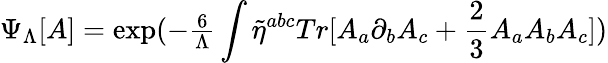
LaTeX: \Psi_{\Lambda}[A]=\mathrm{exp}(-{\textstyle{\frac{6}{\Lambda}}}\int\tilde{\eta}^{abc}Tr[A_{a}\partial_{b}A_{c}+{\frac{\textstyle 2}{3}}A_{a}A_{b}A_{c}])